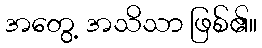
အတွေ့ အသိသာ ဖြစ်၏။